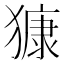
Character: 𱮝